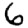
Digit: 6